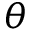
\theta